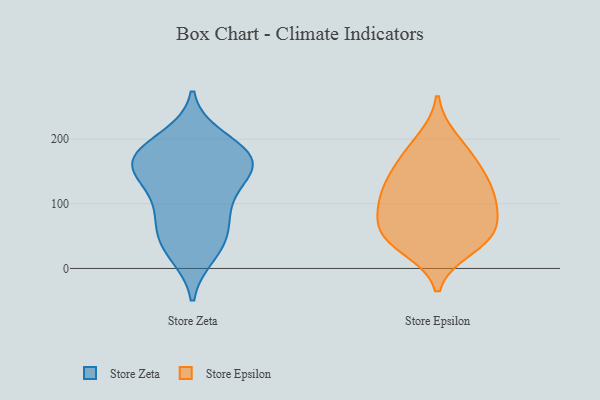
{"axis": {"x": "Website Visitors", "y": "Value"}, "legend": ["Store Epsilon", "Store Zeta"], "data": [{"x": "", "y": 101, "type": "Store Zeta"}, {"x": "", "y": 24, "type": "Store Zeta"}, {"x": "", "y": 100, "type": "Store Zeta"}, {"x": "", "y": 50, "type": "Store Zeta"}, {"x": "", "y": 143, "type": "Store Zeta"}, {"x": "", "y": 179, "type": "Store Zeta"}, {"x": "", "y": 178, "type": "Store Zeta"}, {"x": "", "y": 159, "type": "Store Zeta"}, {"x": "", "y": 154, "type": "Store Zeta"}, {"x": "", "y": 166, "type": "Store Zeta"}, {"x": "", "y": 36, "type": "Store Zeta"}, {"x": "", "y": 163, "type": "Store Zeta"}, {"x": "", "y": 69, "type": "Store Zeta"}, {"x": "", "y": 200, "type": "Store Zeta"}, {"x": "", "y": 46, "type": "Store Epsilon"}, {"x": "", "y": 123, "type": "Store Epsilon"}, {"x": "", "y": 91, "type": "Store Epsilon"}, {"x": "", "y": 69, "type": "Store Epsilon"}, {"x": "", "y": 199, "type": "Store Epsilon"}, {"x": "", "y": 172, "type": "Store Epsilon"}, {"x": "", "y": 138, "type": "Store Epsilon"}, {"x": "", "y": 51, "type": "Store Epsilon"}, {"x": "", "y": 159, "type": "Store Epsilon"}, {"x": "", "y": 32, "type": "Store Epsilon"}, {"x": "", "y": 105, "type": "Store Epsilon"}, {"x": "", "y": 109, "type": "Store Epsilon"}, {"x": "", "y": 52, "type": "Store Epsilon"}]}